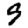
Digit: 9